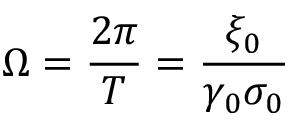
\Omega = \frac { 2 \pi } { T } = \frac { \xi _ { 0 } } { \gamma _ { 0 } \sigma _ { 0 } }